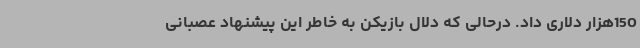
150هزار دلاری داد. درحالی که دلال بازیکن به خاطر این پیشنهاد عصبانی